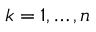
k = 1 , \ldots , n